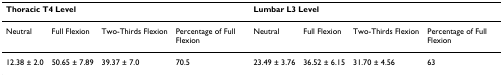
| <COLSPAN=4> Thoracic T4 Level | <COLSPAN=4> Lumbar L3 Level |
 | --- | --- | --- | --- | --- | --- | --- | --- |
 | Neutral | Full Flexion | Two-Thirds Flexion | Percentage of Full Flexion | Neutral | Full Flexion | Two-Thirds Flexion | Percentage of Full Flexion |
 | 12.38 ± 2.0 | 50.65 ± 7.89 | 39.37 ± 7.0 | 70.5 | 23.49 ± 3.76 | 36.52 ± 6.15 | 31.70 ± 4.56 | 63 |